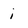
Character: i